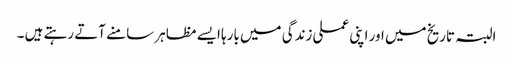
البتہ تاریخ میں اور اپنی عملی زندگی میں بارہا ایسے مظاہر سامنے آتے رہتے ہیں ۔